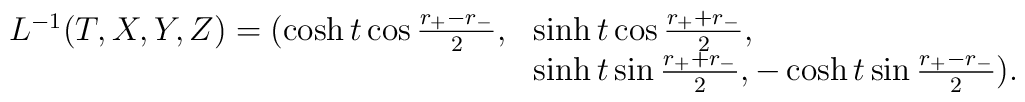
\begin{array}{ll}L^{-1}(T,X,Y,Z)=(\cosh t\cos\frac{r_{+}-r_{-}}{2},&\sinh t\cos\frac{r_{+}+r_{-}}{2},  \\& \sinh t\sin\frac{r_{+}+r_{-}}{2},-\cosh t\sin\frac{r_{+}-r_{-}}{2}).\end{array}